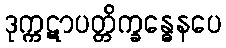
ဒုက္ကဋာပတ္တိက္ခန္ဓေနပေ